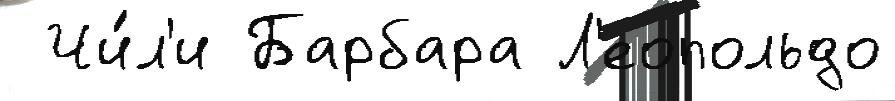
 Чи́л'и Барбара Л'еопольдо